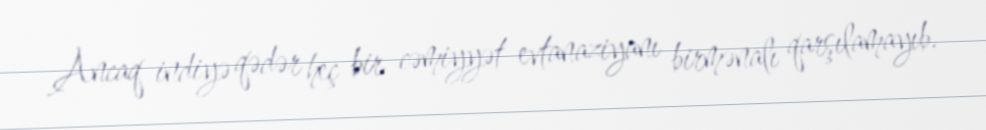
Ancaq indiyə qədər heç bir cəmiyyət evtanaziyanı birmənalı qarşılamayıb.